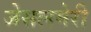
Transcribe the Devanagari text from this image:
जेसलमेरी